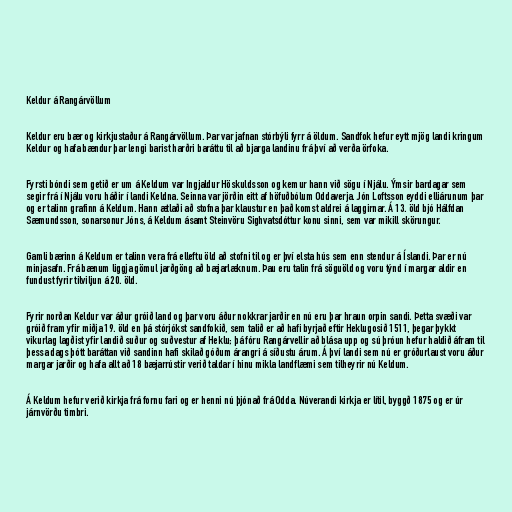
Keldur á Rangárvöllum

Keldur eru bær og kirkjustaður á Rangárvöllum. Þar var jafnan stórbýli fyrr á öldum. Sandfok hefur eytt mjög landi kringum
Keldur og hafa bændur þar lengi barist harðri baráttu til að bjarga landinu frá því að verða örfoka.

Fyrsti bóndi sem getið er um á Keldum var Ingjaldur Höskuldsson og kemur hann við sögu í Njálu. Ýmsir bardagar sem
segir frá í Njálu voru háðir í landi Keldna. Seinna var jörðin eitt af höfuðbólum Oddaverja. Jón Loftsson eyddi elliárunum þar
og er talinn grafinn á Keldum. Hann ætlaði að stofna þar klaustur en það komst aldrei á laggirnar. Á 13. öld bjó Hálfdan
Sæmundsson, sonarsonur Jóns, á Keldum ásamt Steinvöru Sighvatsdóttur konu sinni, sem var mikill skörungur.

Gamli bærinn á Keldum er talinn vera frá elleftu öld að stofni til og er því elsta hús sem enn stendur á Íslandi. Þar er nú
minjasafn. Frá bænum liggja gömul jarðgöng að bæjarlæknum. Þau eru talin frá söguöld og voru týnd í margar aldir en
fundust fyrir tilviljun á 20. öld.

Fyrir norðan Keldur var áður gróið land og þar voru áður nokkrar jarðir en nú eru þar hraun orpin sandi. Þetta svæði var
gróið fram yfir miðja 19. öld en þá stórjókst sandfokið, sem talið er að hafi byrjað eftir Heklugosið 1511, þegar þykkt
vikurlag lagðist yfir landið suður og suðvestur af Heklu; þá fóru Rangárvellir að blása upp og sú þróun hefur haldið áfram til
þessa dags þótt baráttan við sandinn hafi skilað góðum árangri á síðustu árum. Á því landi sem nú er gróðurlaust voru áður
margar jarðir og hafa allt að 18 bæjarrústir verið taldar í hinu mikla landflæmi sem tilheyrir nú Keldum.

Á Keldum hefur verið kirkja frá fornu fari og er henni nú þjónað frá Odda. Núverandi kirkja er lítil, byggð 1875 og er úr
járnvörðu timbri.